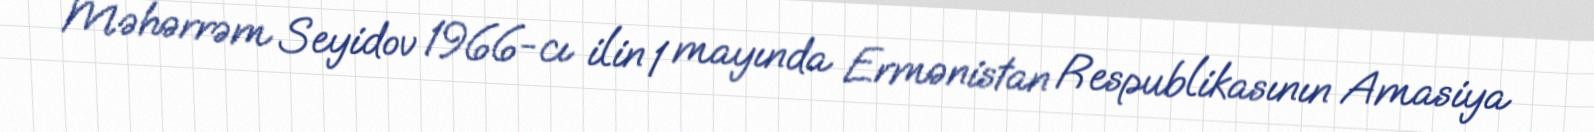
Məhərrəm Seyidov 1966-cı ilin 1 mayında Ermənistan Respublikasının Amasiya